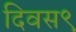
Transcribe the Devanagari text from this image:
दिवस९